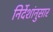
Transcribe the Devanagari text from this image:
निर्देशांनुसार